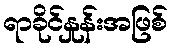
ရာခိုင်နှုန်းအဖြစ်